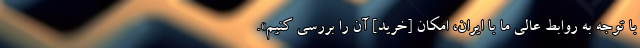
با توجه به روابط عالی ما با ایران، امکان [خرید] آن را بررسی کنیم».